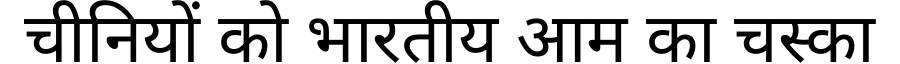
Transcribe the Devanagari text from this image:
चीनियों को भारतीय आम का चस्का